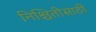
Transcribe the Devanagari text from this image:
निश्चितीसाठी